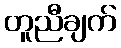
တူညီချက်